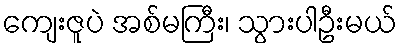
ကျေးဇူပဲ အစ်မကြီး၊ သွားပါဦးမယ်